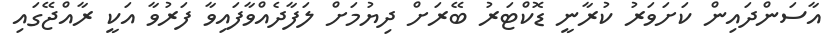
އާސަންދައިން ކަށަވަރު ކުރާނީ ޑޮކްޓަރު ބޭރަށް ދިޔުމަށް ލަފާދެއްވާފައިވާ ފަރުވާ އަކީ ރާއްޖޭގައި